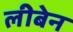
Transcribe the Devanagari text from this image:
लीबेन